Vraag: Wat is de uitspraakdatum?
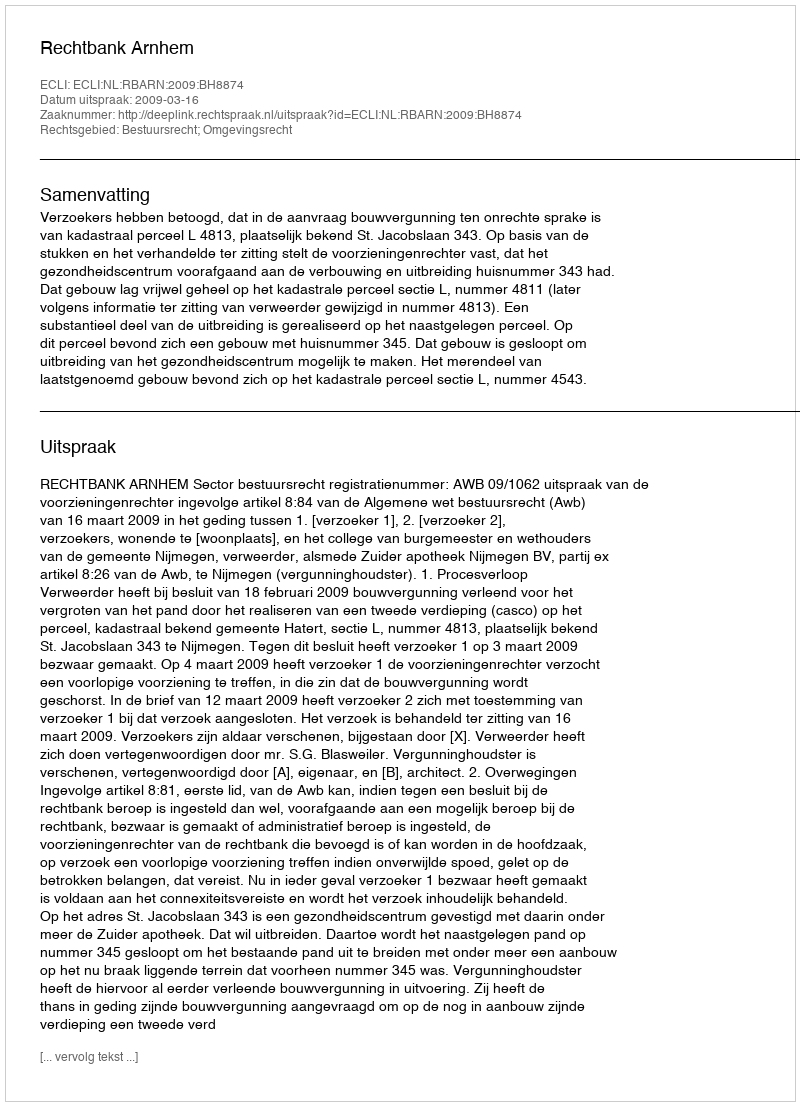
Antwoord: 2009-03-16